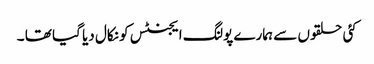
کئی حلقوں سے ہمارے پولنگ ایجنٹس کو نکال دیا گیا تھا ۔